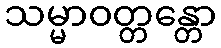
သမ္မာဝတ္တန္တော